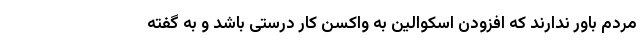
مردم باور ندارند که افزودن اسکوالین به واکسن کار درستی باشد و به گفته